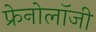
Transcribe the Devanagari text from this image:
फ्रेनोलॉजी